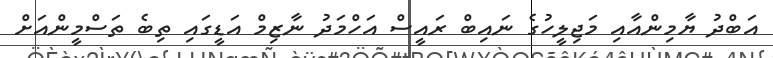
އަބްދު ޔާމިންއާއި މަޖިލީހުގެ ނައިބް ރައީސް އަހްމަދު ނާޒިމް އަޑީގައި ތިބެ ތަސްމީންއަށް